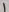
Text: 1